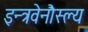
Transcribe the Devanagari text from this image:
इन्त्रवेनौस्ल्य